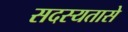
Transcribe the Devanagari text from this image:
सदस्यतासे